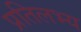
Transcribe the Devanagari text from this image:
प्रतिलभ्य